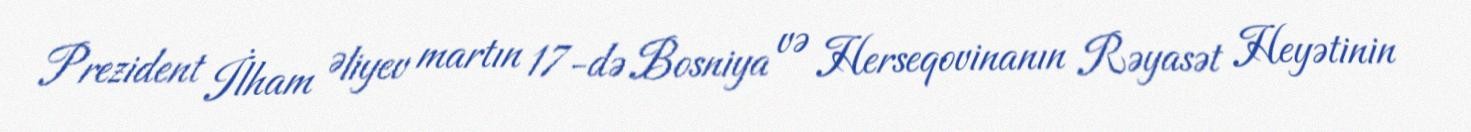
Prezident İlham Əliyev martın 17-də Bosniya və Herseqovinanın Rəyasət Heyətinin